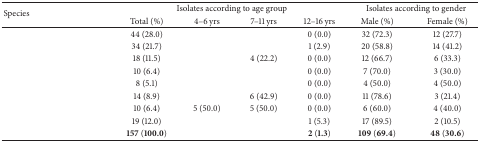
<table><thead><tr><td rowspan="2"><b>Species </b></td><td colspan="4"><b> Isolates according to age group</b></td><td colspan="2"><b>Isolates according to gender</b></td></tr><tr><td><b>Total (%)</b></td><td><b>4–6 yrs</b></td><td><b>7–11 yrs</b></td><td><b>12–16 yrs</b></td><td><b>Male (%)</b></td><td><b>Female (%)</b></td></tr></thead><tbody><tr><td>[EMPTY_CELL]</td><td>44 (28.0)</td><td>[EMPTY_CELL]</td><td>[EMPTY_CELL]</td><td>0 (0.0)</td><td>32 (72.3)</td><td>12 (27.7)</td></tr><tr><td>[EMPTY_CELL]</td><td>34 (21.7)</td><td>[EMPTY_CELL]</td><td>[EMPTY_CELL]</td><td>1 (2.9)</td><td>20 (58.8)</td><td>14 (41.2)</td></tr><tr><td>[EMPTY_CELL]</td><td>18 (11.5)</td><td>[EMPTY_CELL]</td><td>4 (22.2)</td><td>0 (0.0)</td><td>12 (66.7)</td><td>6 (33.3)</td></tr><tr><td>[EMPTY_CELL]</td><td>10 (6.4)</td><td>[EMPTY_CELL]</td><td>[EMPTY_CELL]</td><td>0 (0.0)</td><td> 7 (70.0)</td><td>3 (30.0)</td></tr><tr><td>[EMPTY_CELL]</td><td> 8 (5.1)</td><td>[EMPTY_CELL]</td><td>[EMPTY_CELL]</td><td>0 (0.0)</td><td> 4 (50.0)</td><td>4 (50.0)</td></tr><tr><td>[EMPTY_CELL]</td><td>14 (8.9)</td><td>[EMPTY_CELL]</td><td>6 (42.9)</td><td>0 (0.0)</td><td>11 (78.6)</td><td>3 (21.4)</td></tr><tr><td>[EMPTY_CELL]</td><td>10 (6.4)</td><td>5 (50.0)</td><td>5 (50.0)</td><td>0 (0.0)</td><td> 6 (60.0)</td><td>4 (40.0)</td></tr><tr><td>[EMPTY_CELL]</td><td>19 (12.0)</td><td>[EMPTY_CELL]</td><td>[EMPTY_CELL]</td><td>1 (5.3)</td><td>17 (89.5)</td><td>2 (10.5)</td></tr><tr><td>[EMPTY_CELL]</td><td><b>157</b> (<b>100.0</b>)</td><td>[EMPTY_CELL]</td><td>[EMPTY_CELL]</td><td><b>2</b> (<b>1.3</b>)</td><td><b>109</b> (<b>69.4</b>)</td><td><b>48</b> (<b>30.6</b>)</td></tr></tbody></table>